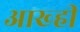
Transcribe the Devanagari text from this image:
आख्ही